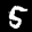
Label: 5